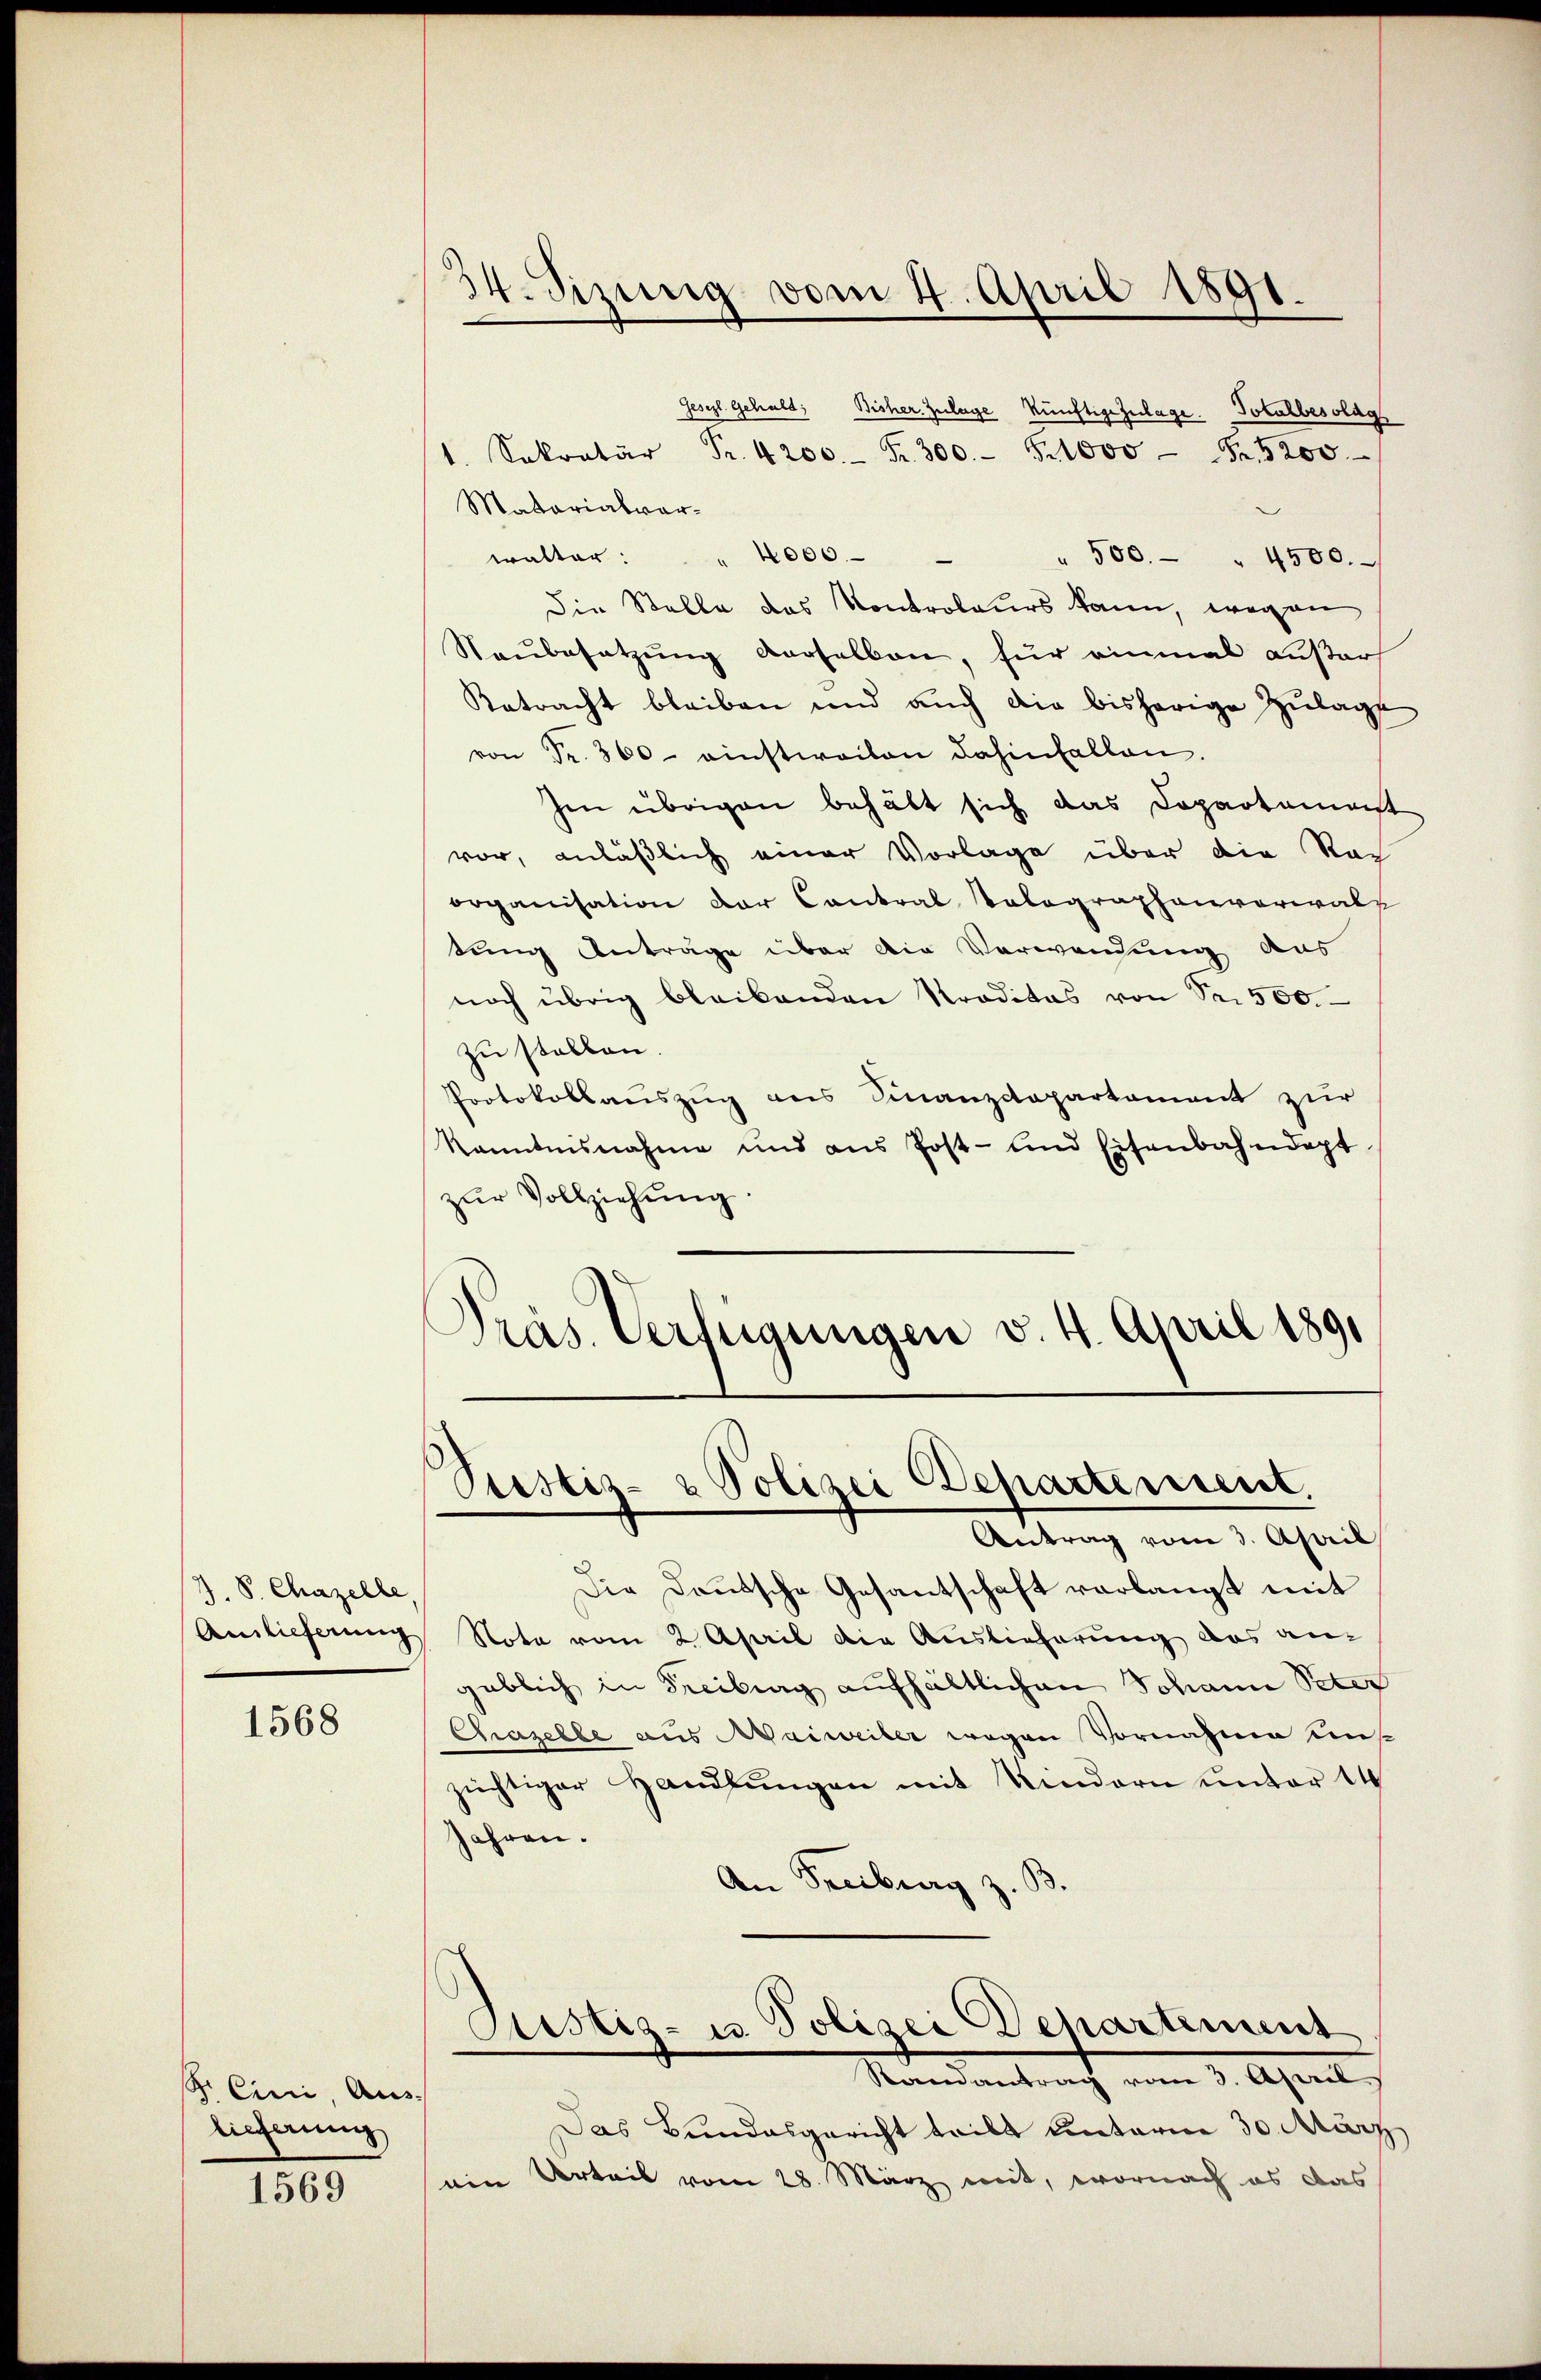
7. 8. Chazelle,
Auslieferung

1568

S Cini, Aus
lieferung

1569

34. Sizung vom 4. April 1891.

Gesezl. Gehalt; Bisher Zulage künftige Zulage. Totalbesolag
1. Sekreter Fr. 4200.- Fr. 300.- 1000 Fr. 5200
Matarialverwalter: " 4000.
" 500. " 4500.
Die Stelle des Kontroleurs kann, wegen
Naŭbesetzŭng verselben, für einmal außers
Retracht bleiben und aŭch die bisherige Zulage
von Fr. 300 einstweilen dahinfallen.
Im übrigen behält sich das Dopartemest
vor, anläßlich einer Vorlage über die Rat
organisation der Contral Volographenverwalz
tung Anträge über die Verwendung aus
noch übrig bleibenden Traditas von Sr. 500.
zu stellen.
Protokollauszug aus Finanzdepartement zur
Kenntnisnahme und aus Post- und Eisenbahndapt
zŭr Vollziehŭng.
Präs. Verfügungen v. 4. April 1891

Ptistiz- & Polizei Departement.

Antrag vom 3. April
Die Deutsche Gesantschaft verlangt mit
Note vom 2 April die Auslieferung das an
geblich in Freibung aufhältlichen Johann Peter
Chrazelbe aus Waiweiber wegen Vornahme uns
züchtiger Handlŭngen mit Kindern unter 14
jahren.
An Freiburg z
Custiz- u. Polizei Departement
Mandentrach vom 9. April
Das Bundesgericht teilt unterm 30. März
eine Urteil vom 28. März mit, wornach es das